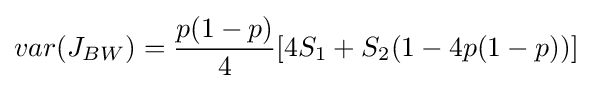
var(J_{BW})={\frac {p(1-p)}{4}}[4S_{1}+S_{2}(1-4p(1-p))]